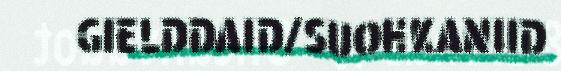
GIELDDAID/SUOHKANIID